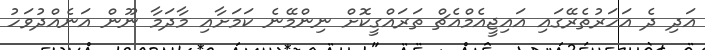
އަދި ދެ އަހަރުތެރޭގައި އައިޖީއެމްއެޗް ތަރައްގީކޮށް ނިންމޭނެ ކަމަށާއި މާދަމާ ނޫން އަނެއްދުވަހު